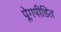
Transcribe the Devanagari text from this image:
प्लेगपीडित